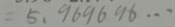
= 5 . 9 6 9 6 9 6 \cdots